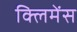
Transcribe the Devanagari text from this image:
क्लिमेंस